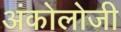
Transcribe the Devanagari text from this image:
अंकोलोजी